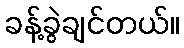
ခန့်ခွဲချင်တယ်။